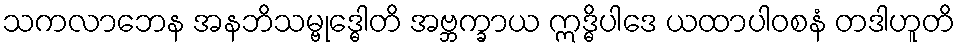
သကလာဘေန အနဘိသမ္ဗုဒ္ဓေါတိ အဗ္ဘက္ခာယ ဣဒ္ဓိပါဒေ ယထာပါဝစနံ တဒါဟူတိ